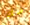
ضل